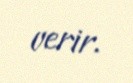
verir.